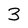
Character: 3